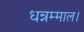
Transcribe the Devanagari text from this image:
धन्नम्माल।